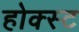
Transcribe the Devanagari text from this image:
होक्स्ट